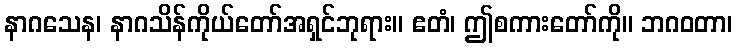
နာဂသေန၊ နာဂသိန်ကိုယ်တော်အရှင်ဘုရား။ ဧတံ၊ ဤစကားတော်ကို။ ဘဂဝတာ၊